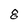
Character: 8